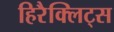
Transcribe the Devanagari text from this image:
हिरैक्लिट्स